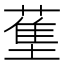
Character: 𬞄